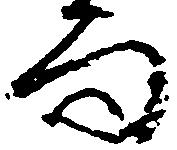
而